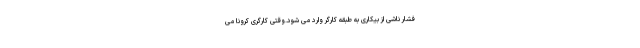
فشار ناشی از بیکاری به طبقه کارگر وارد می شود.وقتی کارگری کرونا می